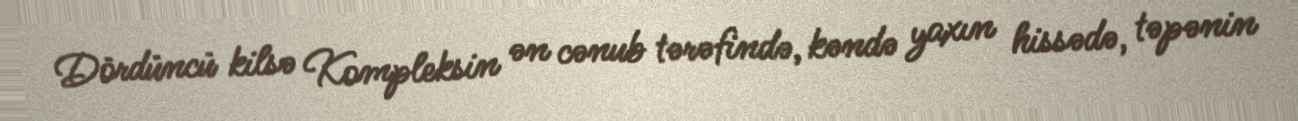
Dördüncü kilsə Kompleksin ən cənub tərəfində, kəndə yaxın hissədə, təpənin